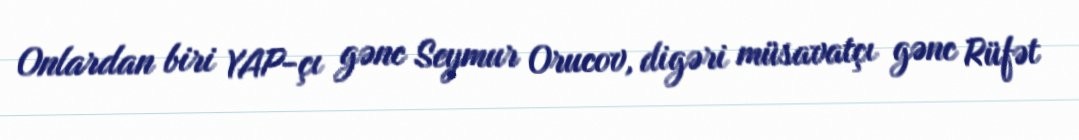
Onlardan biri YAP-çı gənc Seymur Orucov, digəri müsavatçı gənc Rüfət